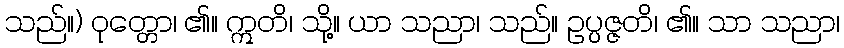
သည်။) ဝုတ္တော၊ ၏။ ဣတိ၊ သို့။ ယာ သညာ၊ သည်။ ဥပ္ပဇ္ဇတိ၊ ၏။ သာ သညာ၊